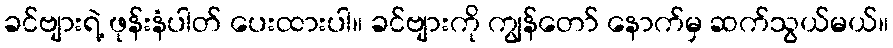
ခင်ဗျားရဲ့ ဖုန်းနံပါတ် ပေးထားပါ။ ခင်ဗျားကို ကျွန်တော် နောက်မှ ဆက်သွယ်မယ်။